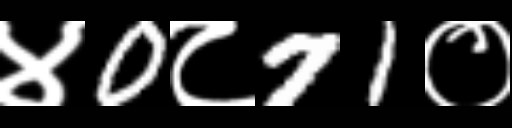
Text: ४0८71०